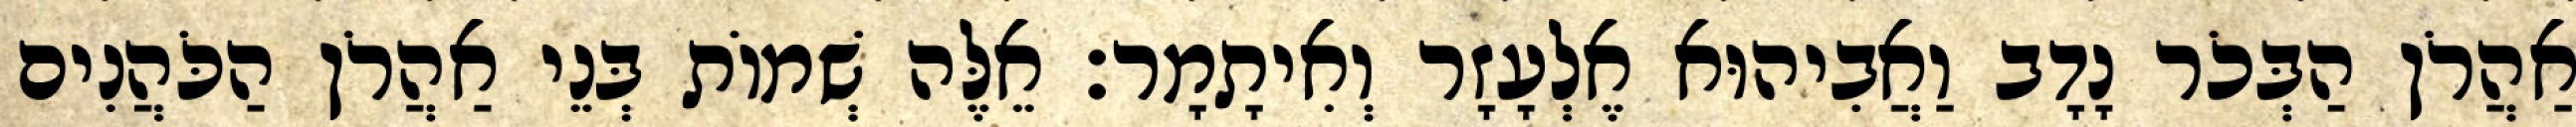
אַהֲרֹן הַבְּכֹר נָדָב וַאֲבִיהוּא אֶלְעָזָר וְאִיתָמָר׃ אֵלֶּה שְׁמוֹת בְּנֵי אַהֲרֹן הַכֹּהֲנִים